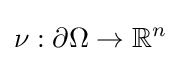
\nu :\partial \Omega \to \mathbb {R} ^{n}